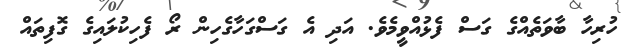
ހުރިހާ ބާވަތެއްގެ ގަސް ފެޅުއްވީމެވެ. އަދި އެ ގަސްގަހާގެހިން ރޯ ފެހިކުލައިގެ ގޮފިތައް